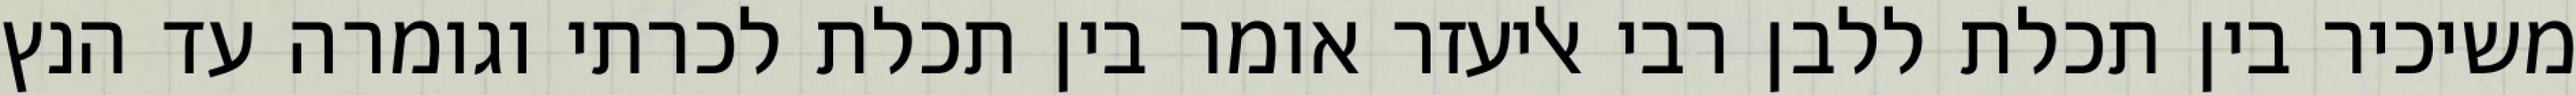
משיכיר בין תכלת ללבן רבי אליעזר אומר בין תכלת לכרתי וגומרה עד הנץ